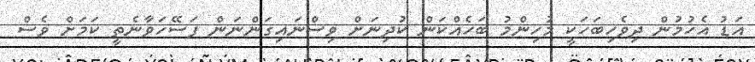
އަޑު އެހުމުން ދިވެހިބަހަކީ މުހިންމު ބަހެއްކަން ކުދިނަށް ވިސްނައިގަންނަން ފަސޭހަވާނެތީ ކަމަށް ވެސް